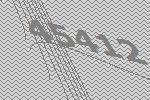
45412